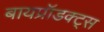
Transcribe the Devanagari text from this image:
बायप्रॉडक्ट्स